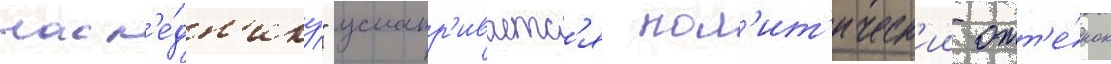
насл'е́дн'ику" усматр'иваетс'я пол'ит'ическ'ии отт'е́нок